Lunatic asylums United Prov. 1922-30 - 1922-1930
Year: 1922
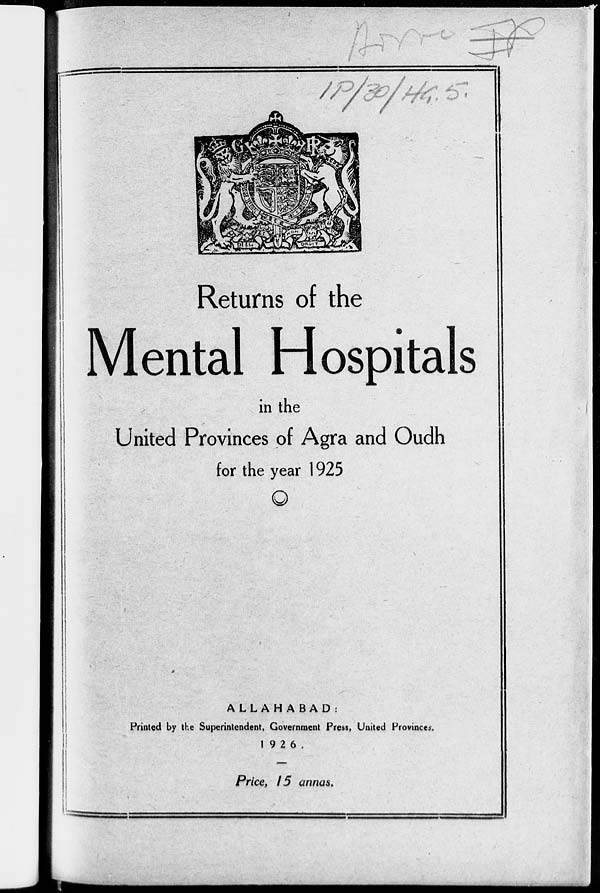
Returns of the
Mental Hospitals
in the
United Provinces of Agra and Oudh
for the year 1925
ALLAHABAD:
Printed by the Superintendent, Government Press, United Provinces.
1926.
Price, 15 annas.